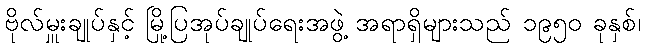
ဗိုလ်မှူးချုပ်နှင့် မြို့ပြအုပ်ချုပ်ရေးအဖွဲ့ အရာရှိများသည် ၁၉၅၀ ခုနှစ်၊